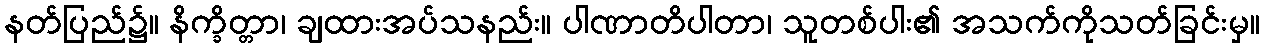
နတ်ပြည်၌။ နိက္ခိတ္တာ၊ ချထားအပ်သနည်း။ ပါဏာတိပါတာ၊ သူတစ်ပါး၏ အသက်ကိုသတ်ခြင်းမှ။